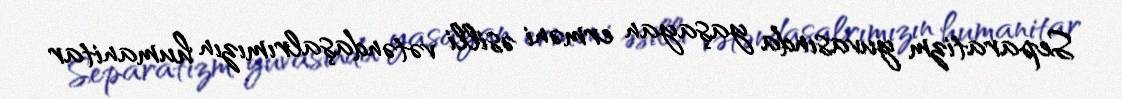
Separatizm yuvasında yaşayan erməni əsilli vətəndaşalrımızın humanitar